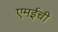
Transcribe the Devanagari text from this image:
एमईची